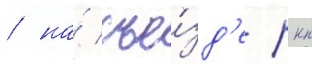
/ на́ съе́зд'е ркп